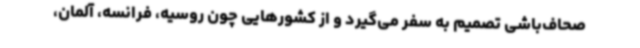
صحاف‌باشی تصمیم به سفر می‌گیرد و از کشورهایی چون روسیه، فرانسه، آلمان،